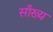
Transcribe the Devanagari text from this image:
साँख्य